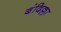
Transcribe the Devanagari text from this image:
बंदिल्ला